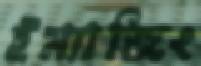
ইম্যাজিং